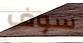
سوف